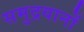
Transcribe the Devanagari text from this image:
समुद्रयानों